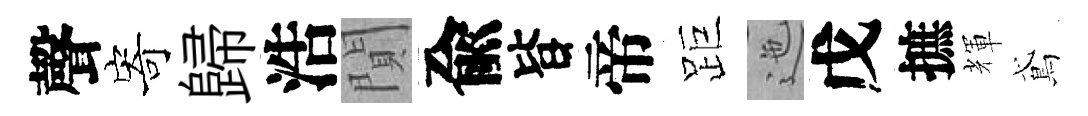
聲寄歸浩閴兪𣅜帝距迤戊摭輝鳶